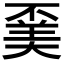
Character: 𠁍